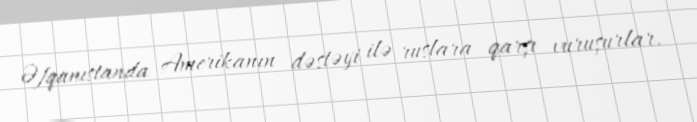
Əfqanıstanda Amerikanın dəstəyi ilə ruslara qarşı vuruşurlar.